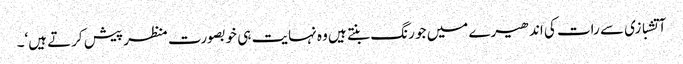
آتشبازی سے رات کی اندھیرے میں جو رنگ بنتے ہیں وہ نہایت ہی خوبصورت منظر پیش کرتے ہیں‘۔